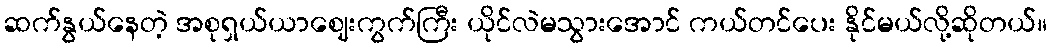
ဆက်နွယ်နေတဲ့ အစုရှယ်ယာဈေးကွက်ကြီး ယိုင်လဲမသွားအောင် ကယ်တင်ပေး နိုင်မယ်လို့ဆိုတယ်။